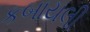
કબાયલી